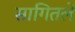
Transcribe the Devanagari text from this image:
सागितले